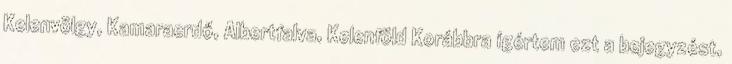
Kelenvölgy, Kamaraerdő, Albertfalva, Kelenföld Korábbra ígértem ezt a bejegyzést,